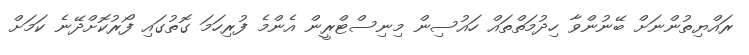
ރައްޔިތުންނަށް ބޭނުންވާ ހިދުމަތްތައް ހައުސިން މިނިސްޓްރީން އެންމެ ފުރިހަމަ ގޮތުގައި ފޯރުކޮށްދޭނެ ކަމަށް